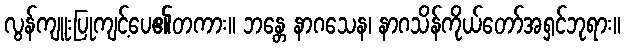
လွန်ကျူးပြုကျင့်ပေ၏တကား။ ဘန္တေ နာဂသေန၊ နာဂသိန်ကိုယ်တော်အရှင်ဘုရား။